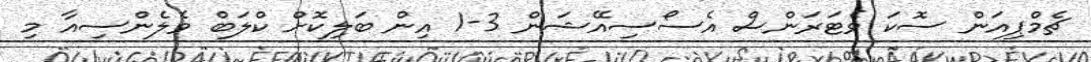
ޗެމްޕިއަން ސޮކަ ވެޓަރަންސް އެސޯސިއޭޝަން 3-1 އިން ބަލިކޮށް ކްލަބް ވެލެންސިއާ މި